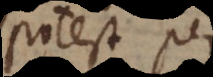
potest per